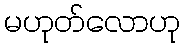
မဟုတ်လောဟု